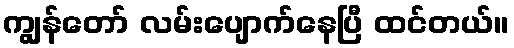
ကျွန်တော် လမ်းပျောက်နေပြီ ထင်တယ်။